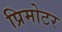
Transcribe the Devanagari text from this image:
प्रिमोटर